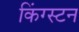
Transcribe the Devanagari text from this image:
किंग्‍स्‍टन